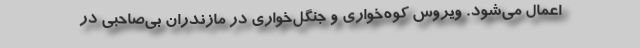
اعمال می‌شود. ویروس کوه‌خواری و جنگل‌خواری در مازندران بی‌صاحبی در